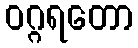
ဝဂ္ဂရတော